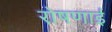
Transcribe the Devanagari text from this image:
रो़षणाई